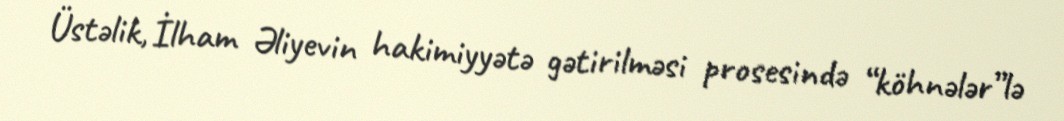
Üstəlik, İlham Əliyevin hakimiyyətə gətirilməsi prosesində “köhnələr”lə